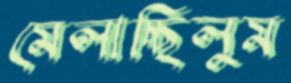
মেলাচ্ছিলুম